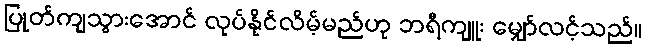
ပြုတ်ကျသွားအောင် လုပ်နိုင်လိမ့်မည်ဟု ဘရီကျူး မျှော်လင့်သည်။